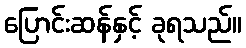
ပြောင်းဆန်နှင့် ခုရသည်။